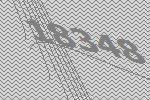
18348